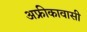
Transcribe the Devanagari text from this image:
अफ्रीकावासी